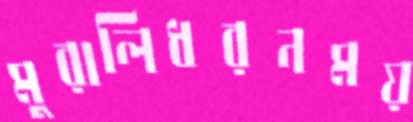
মুরালিধরনময়